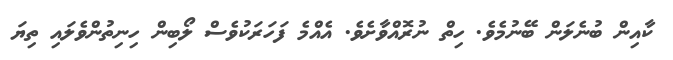
ކާއިން ބުނެލަން ބޭނުމެވެ. ހިތް ނުރޮއްވާށެވެ. އެއްމެ ފަހަރަކުވެސް ލޯބިން ހިނިތުންވެލައި ތިޔަ